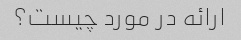
ارائه در مورد چیست؟